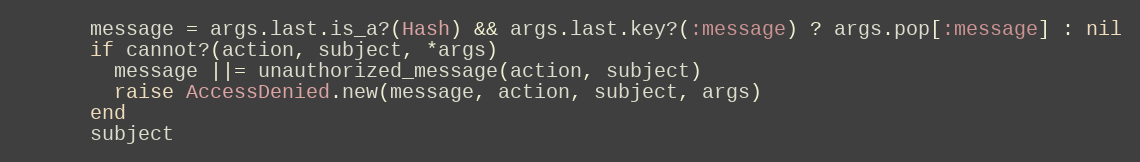
Language: Ruby
      message = args.last.is_a?(Hash) && args.last.key?(:message) ? args.pop[:message] : nil
      if cannot?(action, subject, *args)
        message ||= unauthorized_message(action, subject)
        raise AccessDenied.new(message, action, subject, args)
      end
      subject